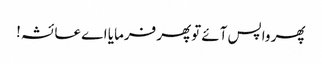
پھر واپس آئے توپھر فرمایا اے عائشہ!